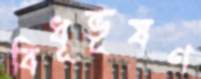
বিধূভূষণ